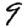
Digit: 9